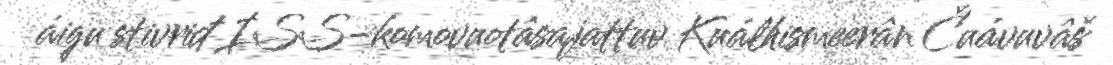
áigu stivriđ ISS-komovuotâsajattuv Kuálhismeerân Čuávuvâš